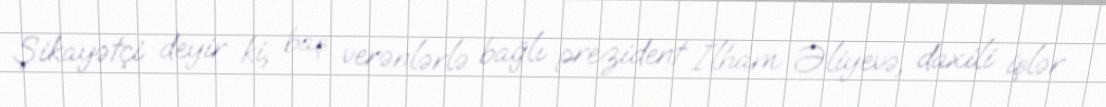
Şikayətçi deyir ki, baş verənlərlə bağlı prezident İlham Əliyevə, daxili işlər